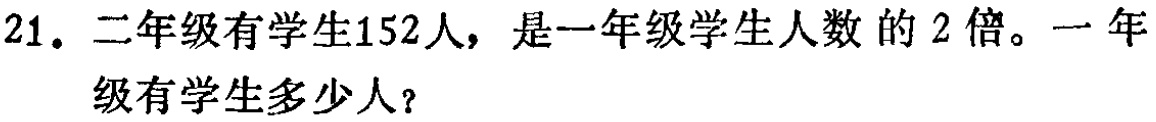
21. 二年级有学生152人，是一年级学生人数的2倍。一年级有学生多少人？